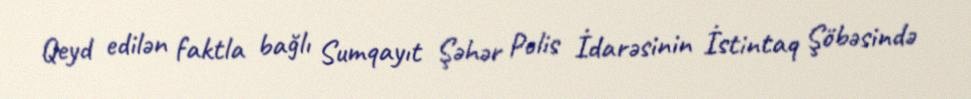
Qeyd edilən faktla bağlı Sumqayıt Şəhər Polis İdarəsinin İstintaq Şöbəsində